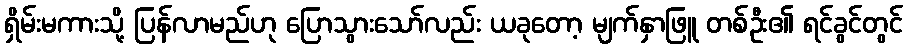
ရှိမ်းမကားသို့ ပြန်လာမည်ဟု ပြောသွားသော်လည်း ယခုတော့ မျက်နှာဖြူ တစ်ဦး၏ ရင်ခွင်တွင်